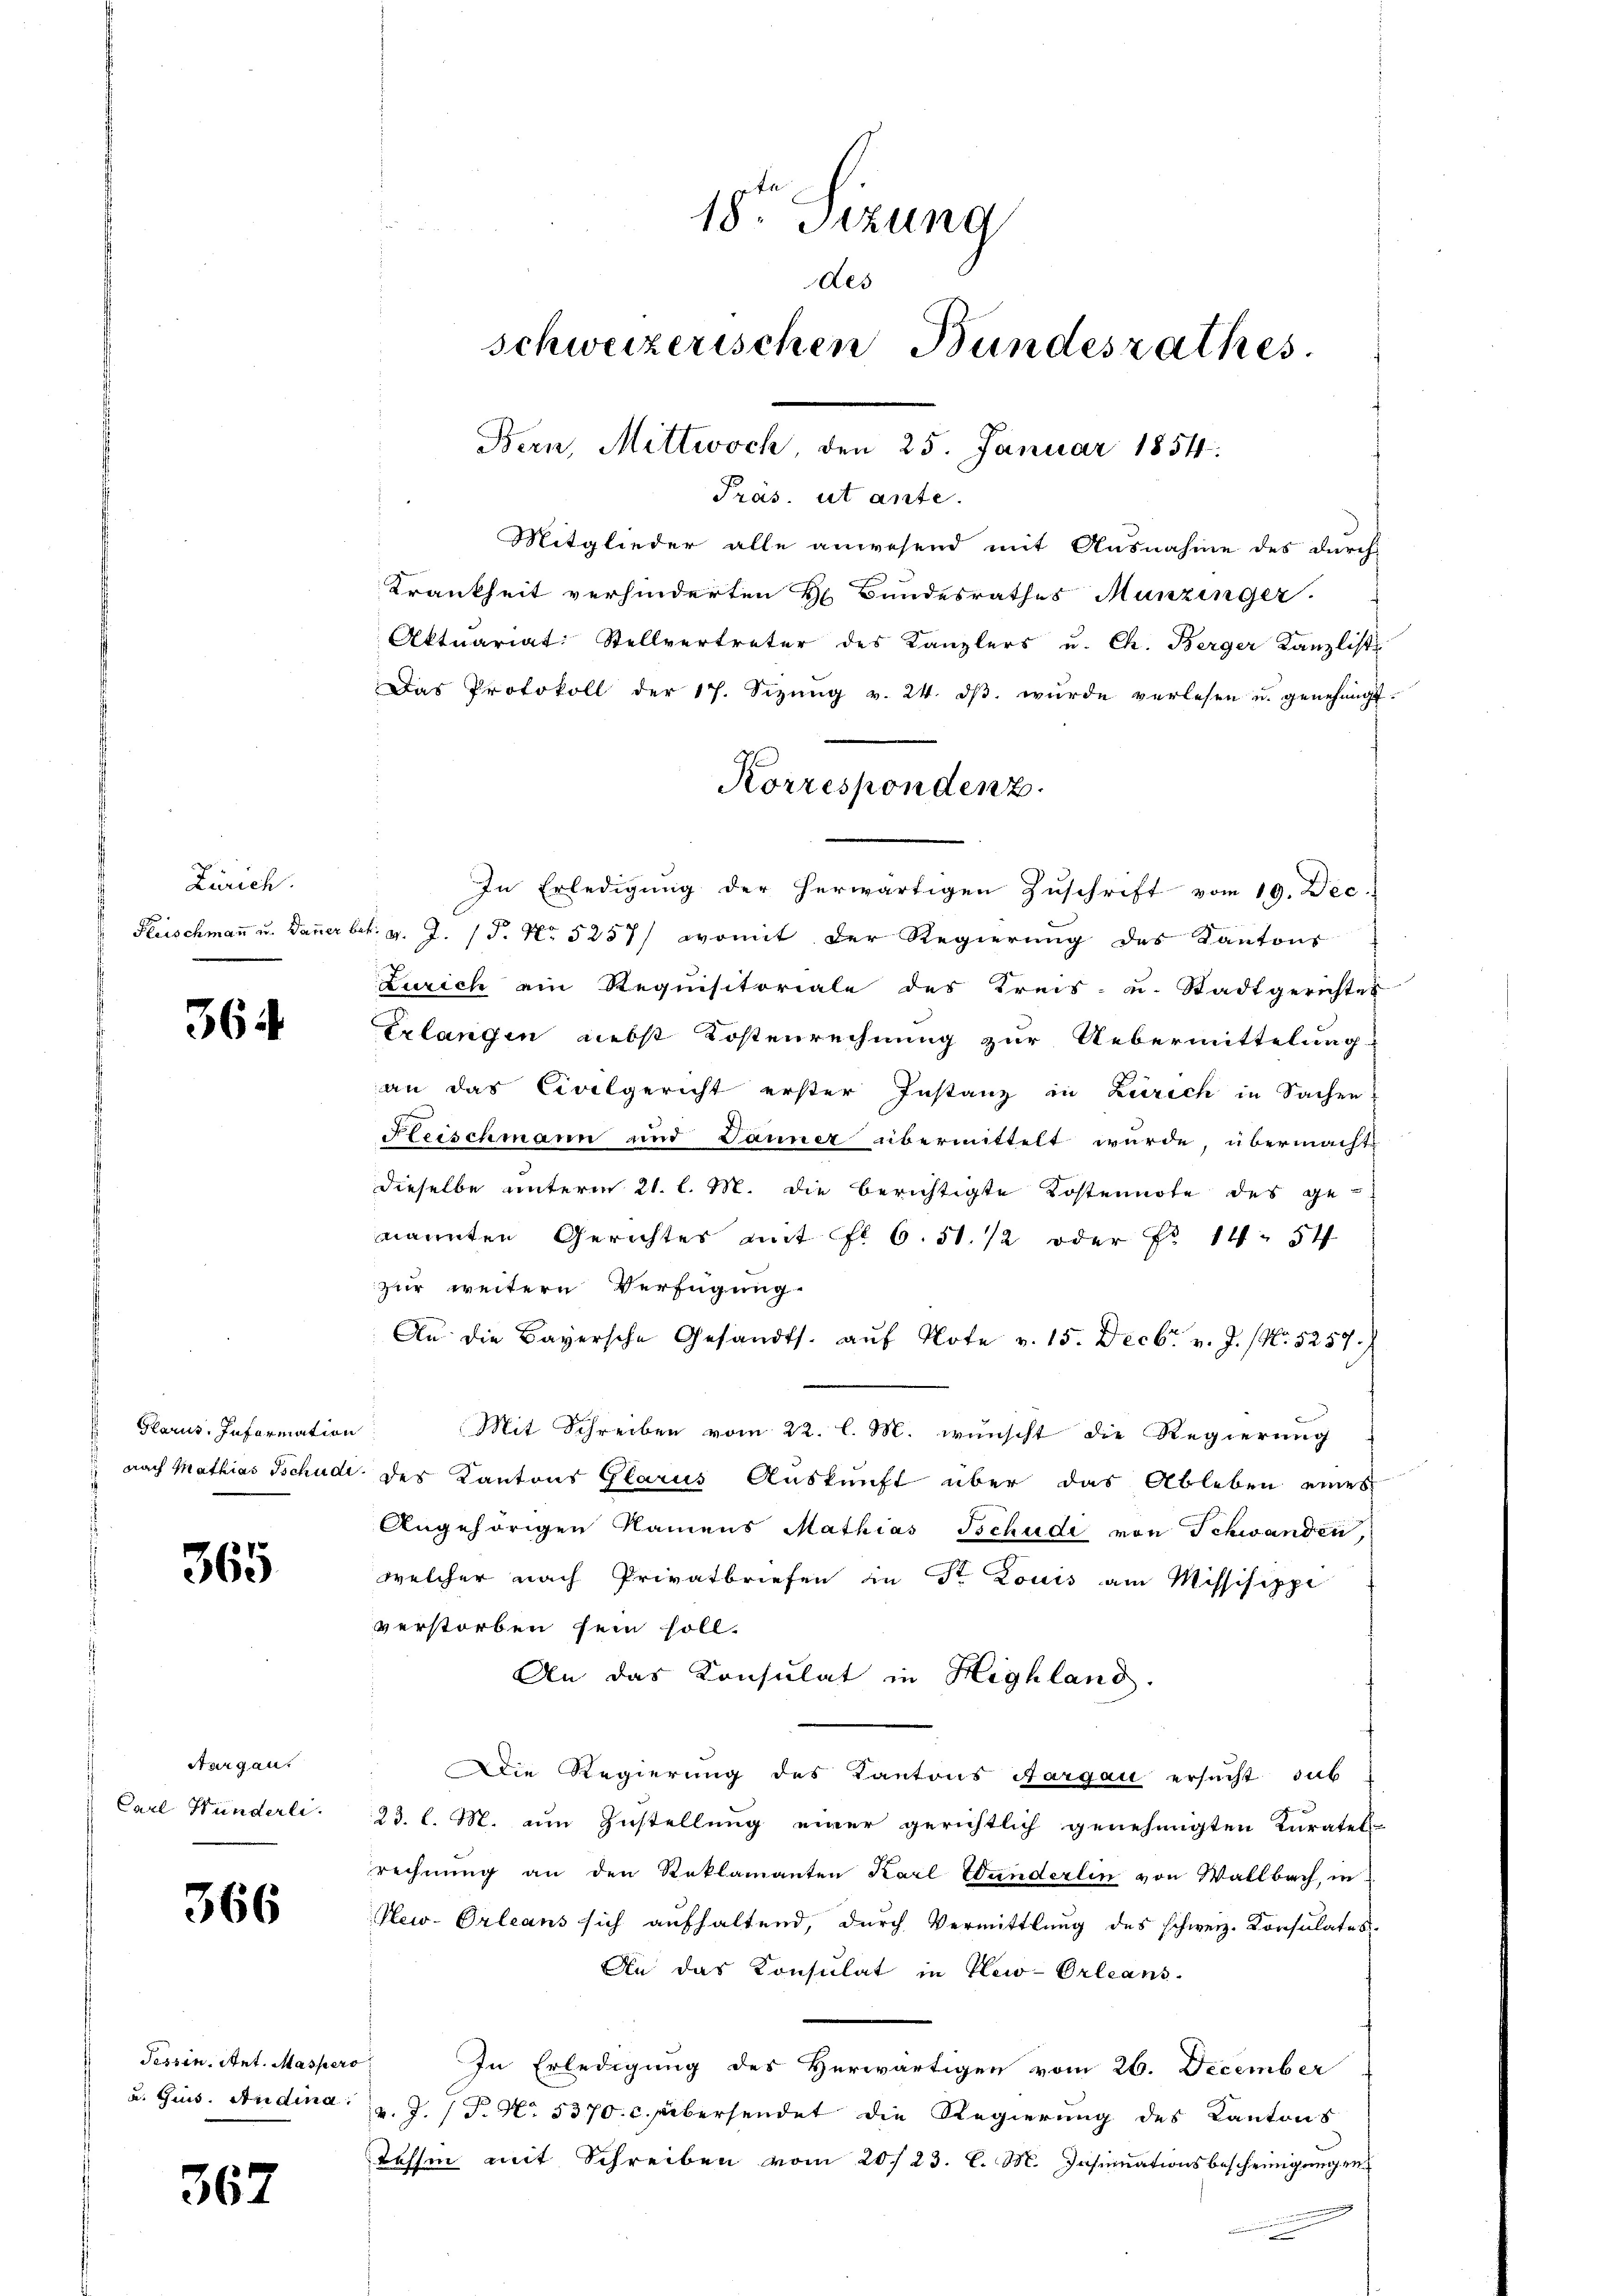
Zürich.
Fleischmann u. Danner b

364

Bans. Information
 nach Mathias Tschudi

365

Thurgau.
Carl Hunderli

366

Tessin, Ant. Massero
a. Gins. Andina

367

18ten Sizung
des
schweizerischen Bundesrathes.
Bern, Mittwoch, den 25. Januar 1854:

Pras. ut ante.
Mitglieder alle anwesend mit Ausnahme des durch
Krankheit verhinderten H. Bandesrathes Munzinger.
Aktuariat: Stellvertreter des Kanzlers u. Ch. Berger Kanzlist
Das Protokoll der 17. Sizŭng v. 24. dβ wŭrde verlesen u. genehmigt.
In Erledigung der herwärtigen Zuschrift vom 19. Dec.
ut. v. J. (T. No 5257/ womit der Regierung des Kantons
Zürich ein Requisitoriale des Kreis- u. Stadtgerichtes
Exlangen Liebst Kostenrechnung zur Uebermittelung
an das Civilgericht erster Instanz in Zürich in Sachen
Fleischmann und Jänner übermittelt wurde, übermachte
dieselbe unterm 21. l. M. die berichtigte Kostennote des genannten Gerichtes mit fl. 6. 51. 12 oder No 14. 54
zur weitere Verfügung.
An die Bayersche Gesandts. auf Note v. 15. Decbr. v. J. (N. 5257/
Mit Schreiben vom 22. l. M. wünscht die Regierung
des Kantons Glarus Auskunft über das Ableben eines
Angehörigen Namens Mathias Tschudi von Schwanden,
welcher nach Privatbriefen in Dr Louis am Missisippi
verstorben sein soll.
An das Konsulat in Highland.
Die Regierung des Kantons Aargau ersucht, sub
23. l. M. um Zustellung einer gerichtlich genehmigten Kuratel-
rechnung an den Reklamanten Karl Wunderlin von Wallbach, in
Pew-Orleans sich aufhaltend, durch Vermittlung des schweiz. Consulates
An das Konsulat in New-Orleans
In Erledigung des Herwärtigen vom 26. December
v. J. (T. No. 5370. c. übersendet die Regierung des Kantons
Tassen mit Schreiben vom 20./23. l. M. Insinuationsbescheinigungen

Korrespondenz.